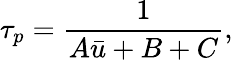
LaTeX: \tau_{p}=\frac{1}{A\bar{u}+B+C},